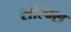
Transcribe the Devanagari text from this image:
सोल्म्स